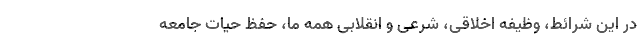
در این شرائط، وظیفه اخلاقی، شرعی و انقلابی همه ما، حفظ حیات جامعه